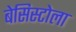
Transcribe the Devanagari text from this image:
बेसिस्टोला